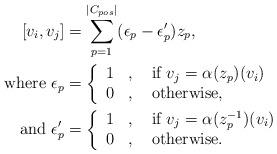
LaTeX: \begin{align*} [v_i,v_j] &= \sum_{p=1}^{|C_{pos}|} (\epsilon_p - \epsilon'_p) z_p, \\\mbox{where } \epsilon_p &= \left\{ \begin{array}{rcl} 1 &,& \mbox{ if } v_j=\alpha(z_p)(v_i)\\ 0 &,& \mbox{ otherwise,} \end{array} \right. \\ \mbox{and } \epsilon'_p &= \left\{ \begin{array}{rcl} 1 &,& \mbox{ if } v_j=\alpha(z_p^{-1})(v_i)\\ 0 &,& \mbox{ otherwise.} \end{array} \right. \end{align*}